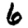
Digit: 6